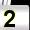
Digit: 2